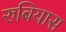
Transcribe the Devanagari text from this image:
रुबियास